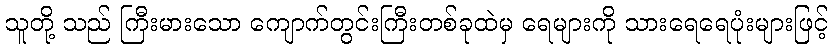
သူတို့ သည် ကြီးမားသော ကျောက်တွင်းကြီးတစ်ခုထဲမှ ရေများကို သားရေရေပုံးများဖြင့်